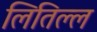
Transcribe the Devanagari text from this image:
लितिल्ल